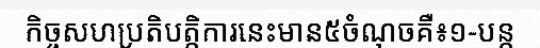
កិច្ចសហប្រតិបត្តិការនេះមាន៥ចំណុចគឺ៖១-បន្ត